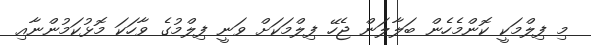
މި ފިލްމަކީ ކޮންމެހެން ބަލާލަން ޖެހޭ ފިލްމަކަށް ވަނީ ފިލްމުގެ ވާހަކަ މޮޅުކަމުންނާއި